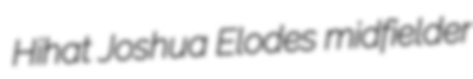
Hihat Joshua Elodes midfielder